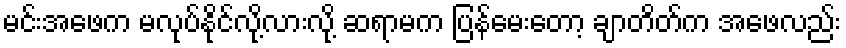
မင်းအဖေက မလုပ်နိုင်လို့လားလို့ ဆရာမက ပြန်မေးတော့ ချာတိတ်က အဖေလည်း